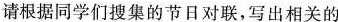
请根据同学们搜集的节日对联，写出相关的